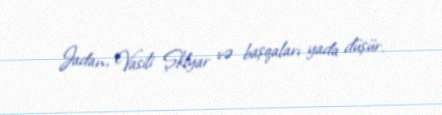
Jadan, Vasili Şklyar və başqaları yada düşür.